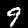
Label: 9